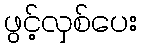
ဖွင့်လှစ်ပေး